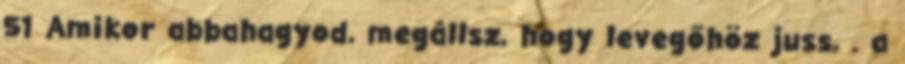
51 Amikor abbahagyod, megállsz, hogy levegőhöz juss, . a